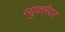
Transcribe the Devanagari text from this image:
न्युक्लेयर